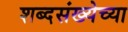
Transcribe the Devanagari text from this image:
शब्दसंख्येच्या